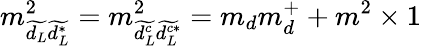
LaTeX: m_{\widetilde{d_{L}}\widetilde{d_{L}^{*}}}^{2}=m_{\widetilde{d_{L}^{c}}\widetilde{d_{L}^{c*}}}^{2}=m_{d}m_{d}^{+}+m^{2}\times 1